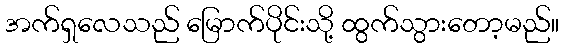
အက်ရှလေသည် မြောက်ပိုင်းသို့ ထွက်သွားတော့မည်။